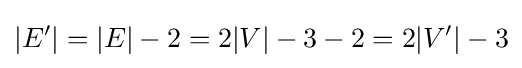
|E'|=|E|-2=2|V|-3-2=2|V'|-3